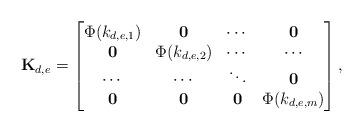
LaTeX: \begin{align*}\mathbf{K}_{d,e} = \left[\begin{matrix}\Phi(k_{d,e,1}) & \mathbf{0} & \cdots & \mathbf{0} \\\mathbf{0} & \Phi(k_{d,e,2}) & \cdots & \cdots \\\cdots & \cdots & \ddots & \mathbf{0} \\\mathbf{0} & \mathbf{0} & \mathbf{0} & \Phi(k_{d,e,m})\end{matrix}\right],\end{align*}